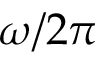
\omega / 2 \pi